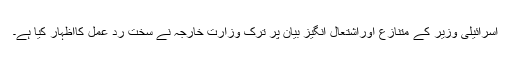
اسرائیلی وزیر کے متنازع اوراشتعال انگیز بیان پر ترک وزارت خارجہ نے سخت رد عمل کااظہار کیا ہے۔